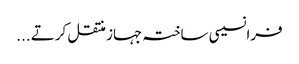
فرانسیسی ساختہ جہاز منتقل کرتے ...